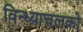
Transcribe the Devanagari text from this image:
विन्ध्याचलको